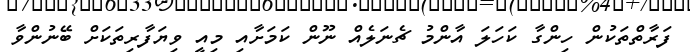
ފަރާތްތަކުން ހިންގާ ކަހަލަ އާންމު ޗެނަލެއް ނޫން ކަމަށާއި މިއީ ވިޔަފާރިތަކަށް ބޭނުންވާ